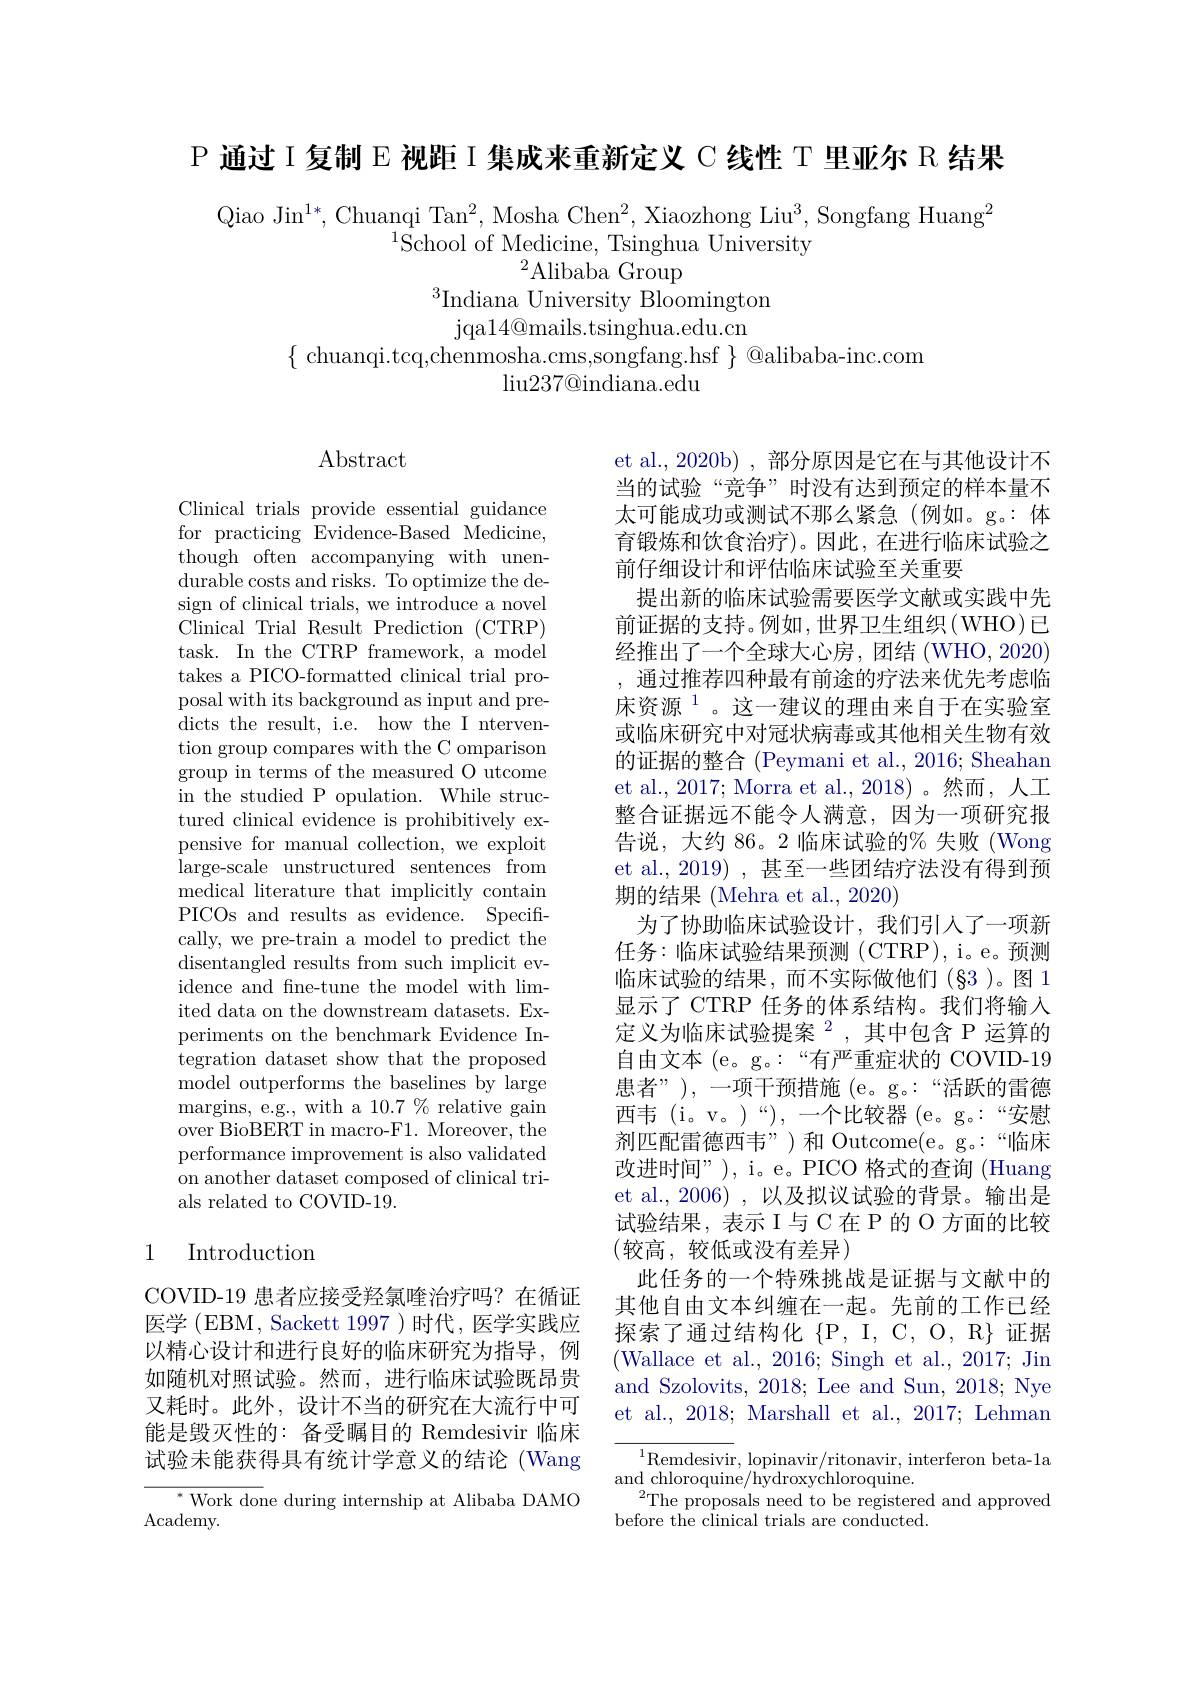
P 通过 I 复制 E 视距 I 集成来重新定义 C 线性 T 里亚尔 R 结果

Qiao Jin$^1*$, Chuanqi Tan$^2$, Mosha Chen$^2$, Xiaozhong Liu$^3$, Songfang Huang$^2$
$^{1}\tilde{\mathrm{School~of~Medicine,~Tsinghua~University}}$
$^{2}$Alibaba Group
$^{3}$Indiana University Bloomington
jqa14@ mails. tsinghua. edu. cn
$\{$ chuanqi.tcq,chenmosha.cms,songfang.hsf $\}$ @alibaba-inc.com
$\operatorname{liu237@indiana.edu}$

$\operatorname{Abstract}$

Clinical trials provide essential guidance for practicing Evidence-Based Medicine, though often accompanying with unendurable costs and risks. To optimize the design of clinical trials, we introduce a novel Clinical Trial Result Prediction (CTRP) task. In the CTRP framework, a model takes a PICO-formatted clinical trial proposal with its background as input and predicts the result, i.e. how the I ntervention group compares with the C omparison group in terms of the measured O utcome in the studied P opulation. While structured clinical evidence is prohibitively expensive for manual collection, we exploit large-scale unstructured sentences from medical literature that implicitly contain PICOs and results as evidence. Specifically, we pre-train a model to predict the disentangled results from such implicit evidence and fne-tune the model with limited data on the downstream datasets. Experiments on the benchmark Evidence Integration dataset show that the proposed model outperforms the baselines by large margins, e.g., with a $10.7\%$ relative gain over BioBERT in macro-F1. Moreover, the performance improvement is also validated on another dataset composed of clinical trials related to COVID-19.

et al., 2020b) , 部分原因是它在与其他设计不当的试验“竞争”时没有达到预定的样本量不太可能成功或测试不那么紧急(例如。g。:体育锻炼和饮食治疗)。因此，在进行临床试验之前仔细设计和评估临床试验至关重要
提出新的临床试验需要医学文献或实践中先前证据的支持。例如，世界卫生组织(WHO)已经推出了一个全球大心房，团结(WHO,2020) ,通过推荐四种最有前途的疗法来优先考虑临床资源$^{1}$。这一建议的理由来自于在实验室或临床研究中对冠状病毒或其他相关生物有效的证据的整合 (Peymani et al., 2016; Sheahan et al., 2017; Morra et al., 2018)。然而，人工整合证据远不能令人满意，因为一项研究报告说，大约 86。2 临床试验的% 失败 (Wong et al., 2019) , 甚至一些团结疗法没有得到预期的结果 (Mehra et al., 2020)
为了协助临床试验设计，我们引人了一项新任务：临床试验结果预测(CTRP),i。e。预测临床试验的结果，而不实际做他们(§3)。图 1显示了 CTRP 任务的体系结构。我们将输入定义为临床试验提案$^{2}$,其中包含 P 运算的自由文本 (e。g。:“有严重症状的 COVID-19患者”),一项干预措施(e。g。:“活跃的雷德西韦 (i。v。)“),—个比较器 (e。g。:“安慰剂匹配雷德西韦”)和 Outcome(e。g。:“临床改进时间”), i。e。PICO 格式的查询 (Huang et al.,2006) ,以及拟议试验的背景。输出是试验结果，表示 I与 C在 P 的 O 方面的比较(较高，较低或没有差异)
此任务的一个特殊挑战是证据与文献中的其他自由文本纠缠在一起。先前的工作已经探索了通过结构化$\{$P,I, C, O, R}证据(Wallace et al., 2016; Singh et al., 2017; Jin and Szolovits, 2018; Lee and Sun, 2018; Nye et al., 2018; Marshall et al., 2017; Lehman

# 1 Introduction

COVID-19 患者应接受羟氯喹治疗吗？在循证医学 (EBM, Sackett 1997 )时代，医学实践应以精心设计和进行良好的临床研究为指导，例如随机对照试验。然而，进行临床试验既昂贵又耗时。此外，设计不当的研究在大流行中可能是毁灭性的：备受瞩目的 Remdesivir 临床试验未能获得具有统计学意义的结论 (Wang

$^{1}$Remdesivir, lopinavir/ritonavir, interferon beta-1a
and chloroquine/hydroxychloroquine.
The proposals need to be registered and approved
before the clinical trials are conducted.

${^*\text{Work done during internship at Alibaba DAMO}}$
Academy.